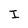
Character: I